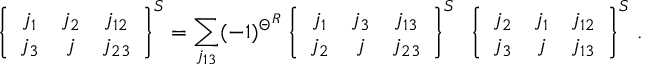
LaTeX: \left\{ \begin{array} { c c c } { { j _ { 1 } } } & { { j _ { 2 } } } & { { j _ { 1 2 } } } \\ { { j _ { 3 } } } & { { j } } & { { j _ { 2 3 } } } \end{array} \right\} ^ { S } = \sum _ { j _ { 1 3 } } ( - 1 ) ^ { \Theta ^ { R } } \left\{ \begin{array} { c c c } { { j _ { 1 } } } & { { j _ { 3 } } } & { { j _ { 1 3 } } } \\ { { j _ { 2 } } } & { { j } } & { { j _ { 2 3 } } } \end{array} \right\} ^ { S } ~ \left\{ \begin{array} { c c c } { { j _ { 2 } } } & { { j _ { 1 } } } & { { j _ { 1 2 } } } \\ { { j _ { 3 } } } & { { j } } & { { j _ { 1 3 } } } \end{array} \right\} ^ { S } \, .